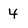
Character: 4